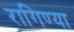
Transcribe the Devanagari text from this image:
रागिण्या